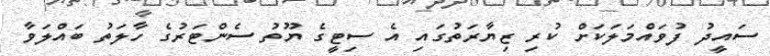
ސައީދު ފުވައްމަލަކަށް ކުރި ޒިޔާރަތުގައި އެ ސިޓީގެ ޔޫތު ސެންޓަރުގެ ހާލަތު ބައްލަވާ